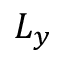
L _ { y }